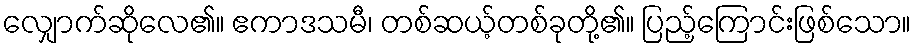
လျှောက်ဆိုလေ၏။ ဧကာဒသမီ၊ တစ်ဆယ့်တစ်ခုတို့၏။ ပြည့်ကြောင်းဖြစ်သော။